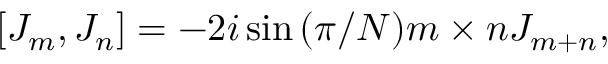
[ J _ { m } , J _ { n } ] = - 2 i \sin { ( \pi / N ) m \times n } J _ { m + n } ,